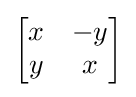
{\begin{bmatrix}x&-y\\y&x\end{bmatrix}}